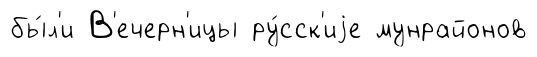
бы́л'и В'ечерн'ицы ру́сск'иjе мунрайонов